Vaccination in Bombay 1869-1873 - 1869-1873
Year: 1869
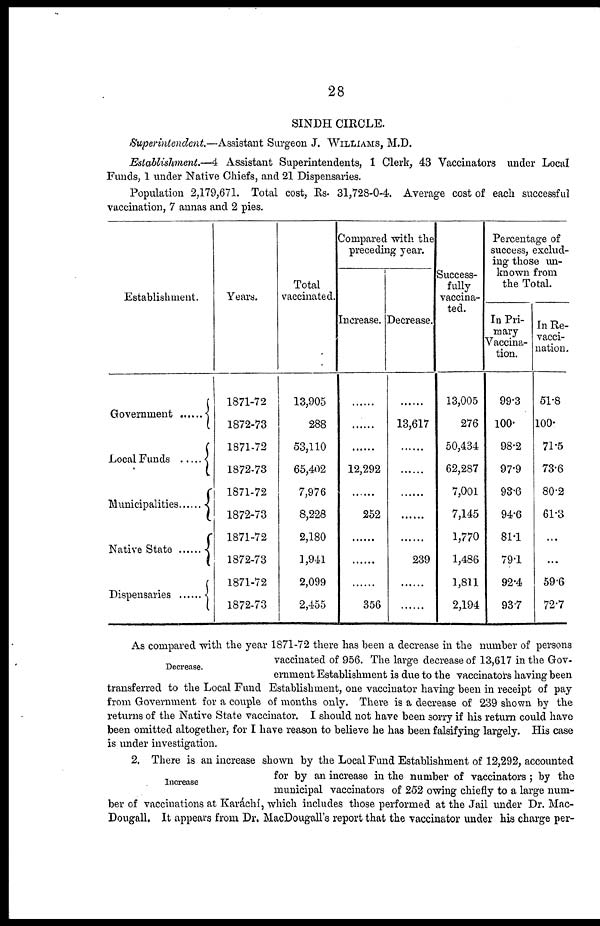
28
SINDH CIRCLE.
Superintendent.—Assistant Surgeon J. WILLIAMS, M.D.
Establishment.—4 Assistant Superintendents, 1 Clerk, 43 Vaccinators under Local
Funds, 1 under Native Chiefs, and 21 Dispensaries.
Population 2,179,671. Total cost, Rs. 31,728-0-4. Average cost of each successful
vaccination, 7 annas and 2 pies.
Establishment.
Government ......
Local Funds ......
Municipalities......
Native State......
Dispensaries......
Years.
1871-72
1872-73
1871-72
1872-73
1871-72
1872-73
1871-72
1872-73
1871-72
1872-73
Total
vaccinated.
13,905
288
53,110
65,402
7,976
8,228
2,180
1,941
2,099
2,455
Compared with the
preceding year.
Increase.
......
......
......
12,292
......
252
......
......
......
356
Decrease.
......
13,617
......
......
......
......
......
239
......
......
Success-
fully
vaccina-
ted.
13,005
276
50,434
62,287
7,001
7,145
1,770
1,486
1,811
2,194
Percentage of
success, exclud-
ing those un-
known from
the Total.
In Pri-
mary
Vaccina-
tion.
99.3
100.
98.2
97.9
93.6
94.6
81.1
79.1
92.4
93.7
In Re¬
vacci-
nation.
51.8
100.
71.5
73.6
80.2
61.3
...
...
59.6
72.7
Decrease.
As compared with the year 1871-72 there has been a decrease in the number of persons
vaccinated of 956. The large decrease of 13,617 in the Gov-
ernment Establishment is due to the vaccinators having been
transferred to the Local Fund Establishment, one vaccinator having been in receipt of pay
from Government for a couple of months only. There is a decrease of 239 shown by the
returns of the Native State vaccinator. I should not have been sorry if his return could have
been omitted altogether, for I have reason to believe he has been falsifying largely. His case
is under investigation.
Increase
2. There is an increase shown by the Local Fund Establishment of 12,292, accounted
for by an increase in the number of vaccinators ; by the
municipal vaccinators of 252 owing chiefly to a large num-
ber of vaccinations at Karáchí, which includes those performed at the Jail under Dr. Mac-
Dougall. It appears from Dr. MacDougall's report that the vaccinator under his charge per-